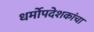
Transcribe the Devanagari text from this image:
धर्मोपदेशकांचा